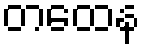
တထေန